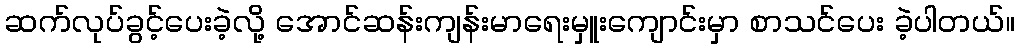
ဆက်လုပ်ခွင့်ပေးခဲ့လို့ အောင်ဆန်းကျန်းမာရေးမှူးကျောင်းမှာ စာသင်ပေး ခဲ့ပါတယ်။